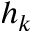
h _ { k }